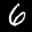
Label: 6